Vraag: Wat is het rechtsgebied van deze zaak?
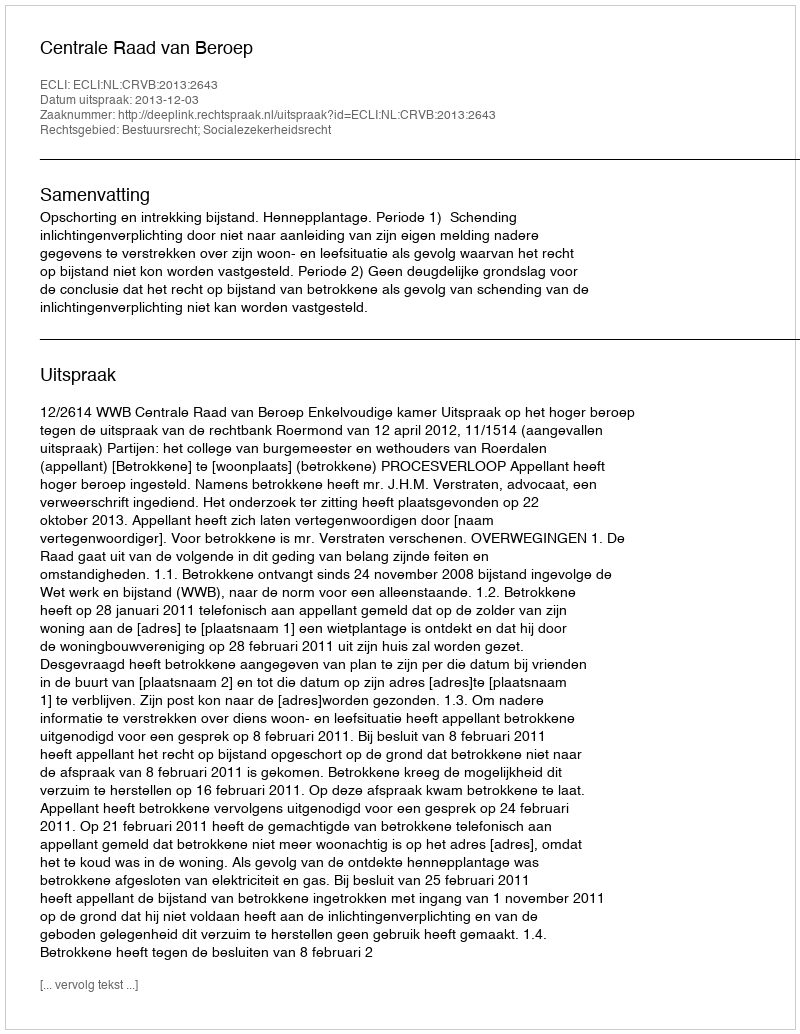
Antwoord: Bestuursrecht; Socialezekerheidsrecht